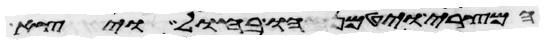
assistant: המצרי ויטמנהו בחול ויצא